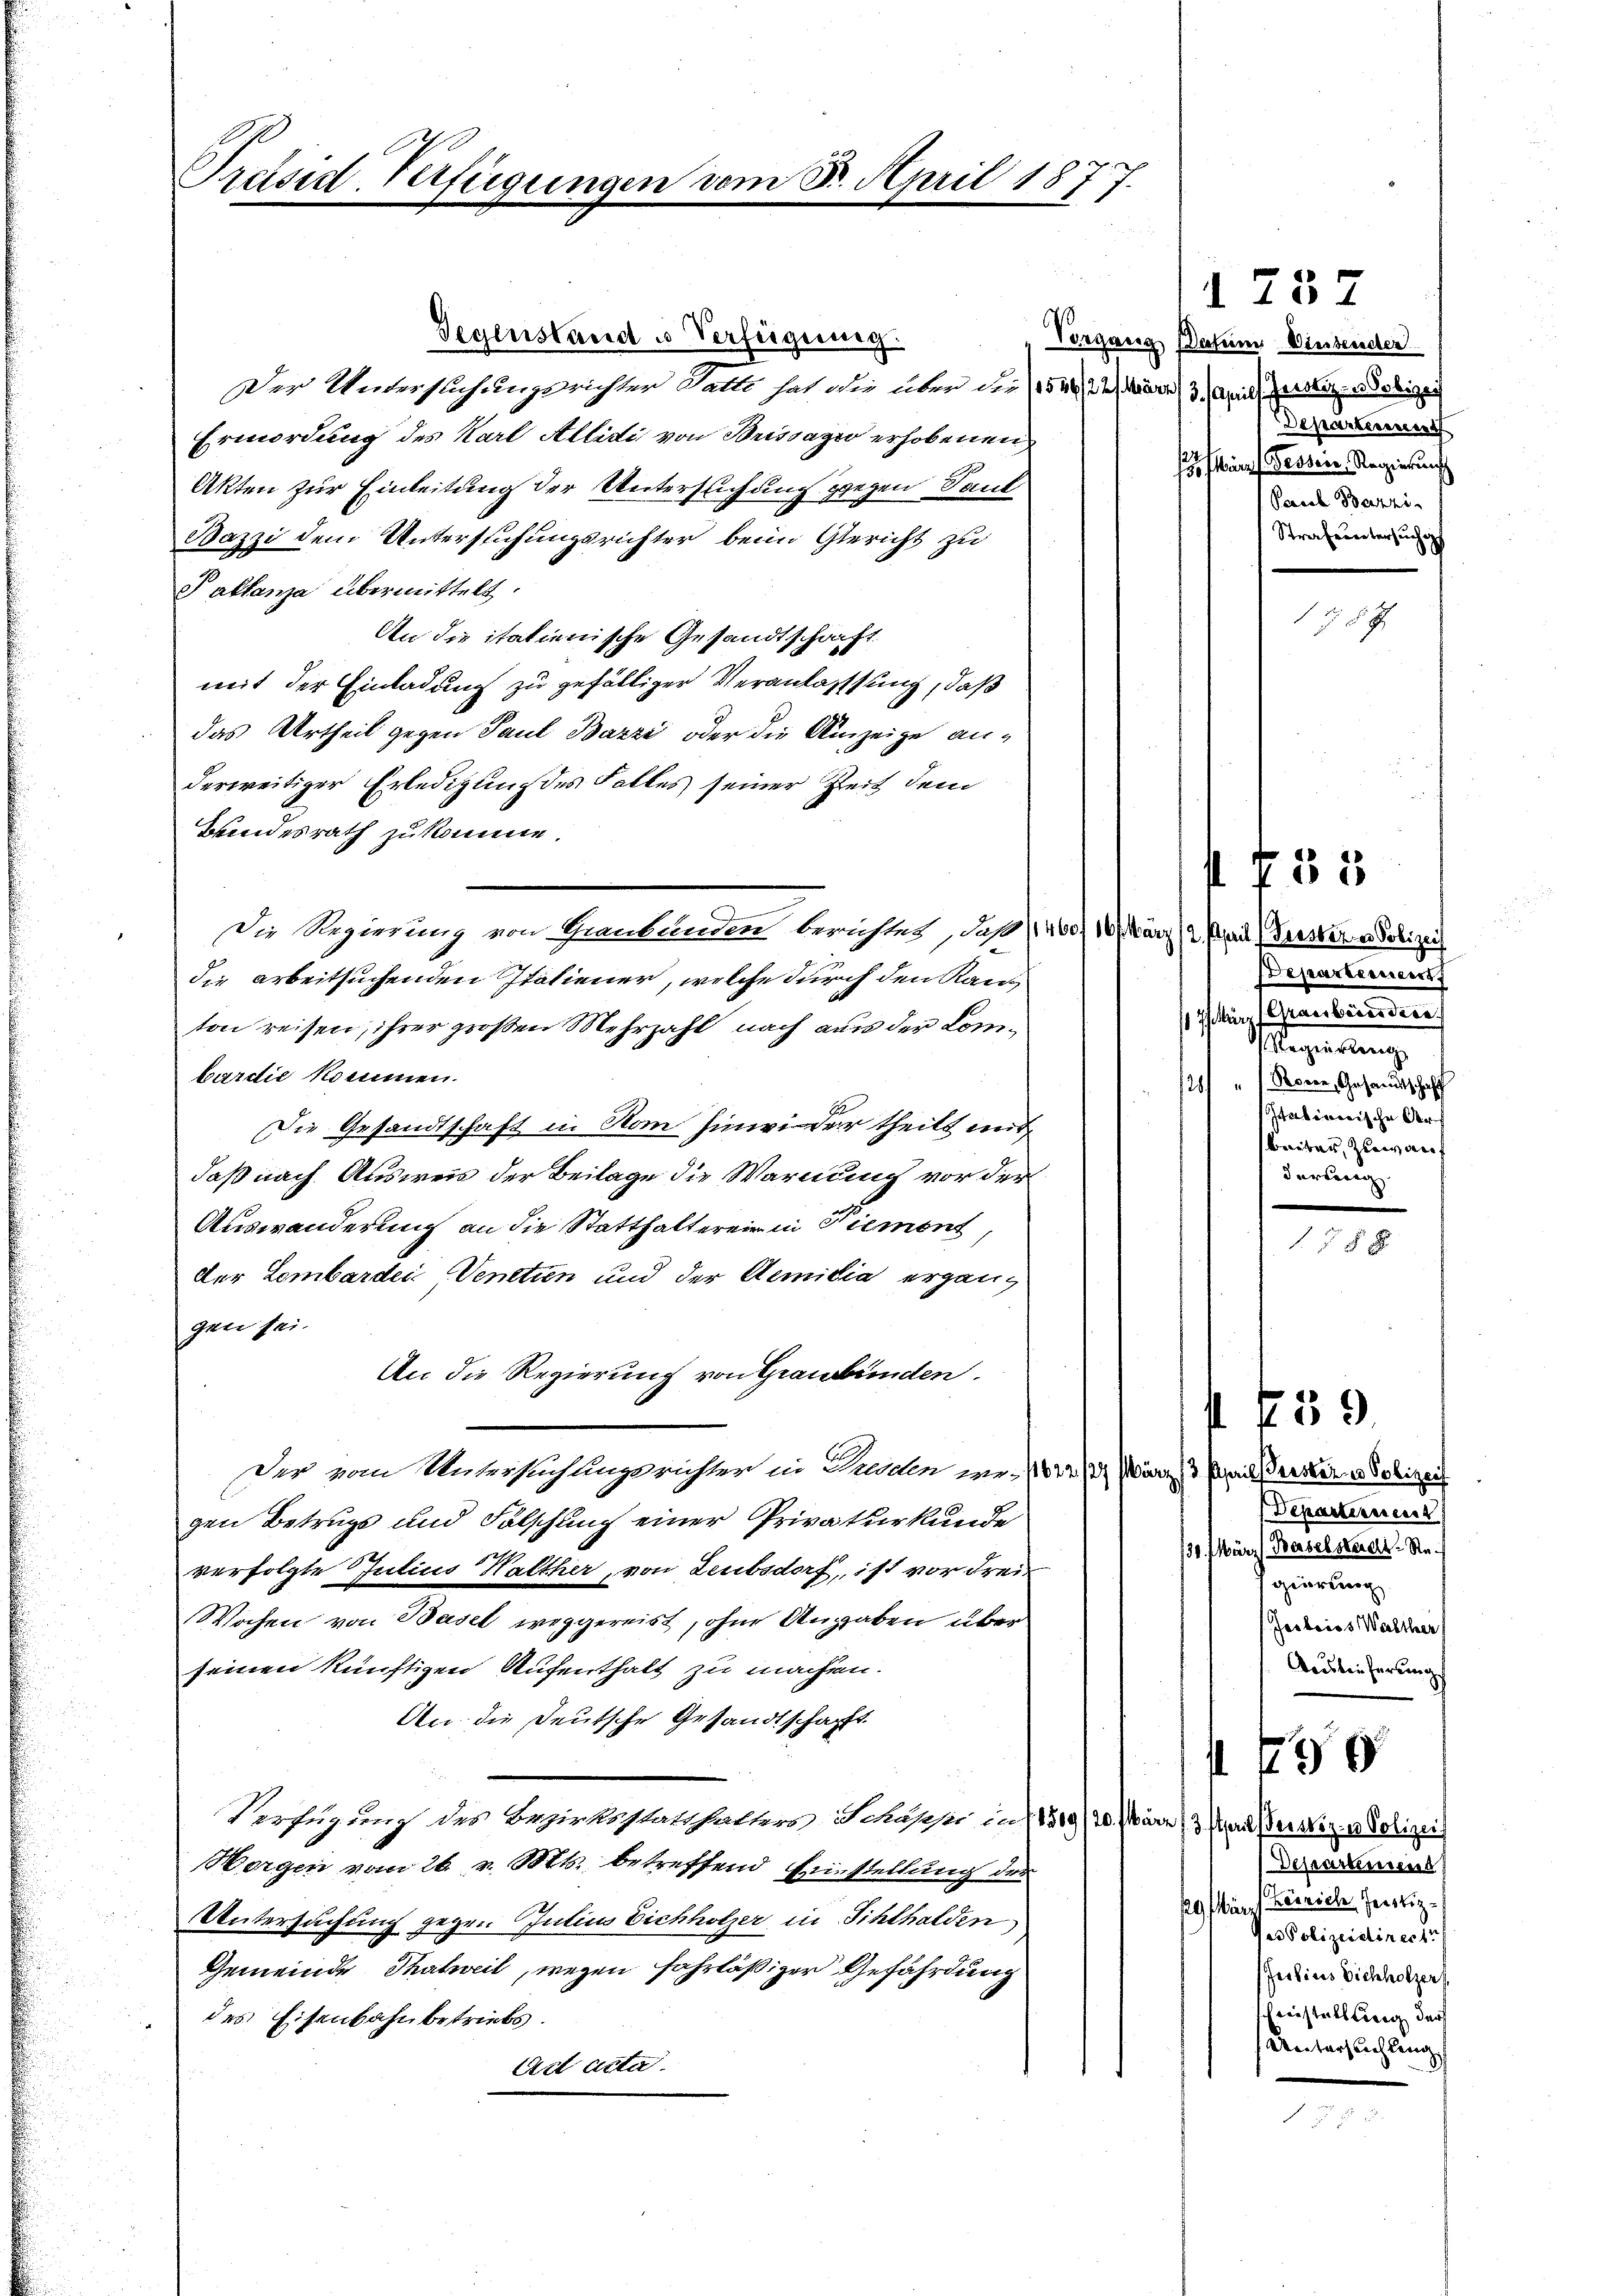
Präsid-Verfügungen vo

am 8. April 1877.

Gegenstand u Verfügung.
Der Unterstehungsrichter Gatte hat die über die (1520, 22. März 3. April, Zerstichiges
Ermordung des Karl Allidi von Brissazu erhobenen
Akten zur Einleitung der Untersuchung gegen Sank
Bazzi dem Untersuchungsrichter beim Gericht zu
Paktanza übermittelt.
An die italienische Gesandtschaft.
mit der Einladung zu gefälliger Veranlassung, daß
das Urtheil gegen Paul Bazzi oder die Anzeige an-
derweitiger Erledigung des Falles seiner Zeit dem
Beindesrath zu komme.
Die Regierung von Graubünden berichtet, daß 200. 19. März 2.
die arbeitsuchenden Italiener, welche durch den Kanton reisen, ihrer großen Mehrzahl nach aus der Combardić kommen.
Die Gesandtschaft in Rom hinwider theilt mit
daß nach Ausweis der Beilage die Warnung vor der
Auswanderung an die Statthalterein in Piemont,
der Lombardi  Venetien und der Aemibia ergangen sei.
An die Regierung von Graubünden.
Der vom Untersuchtungsrichter in Hunden wo- /012/4 März 3. April erster Polizeil
gen Betrugs und Fälschung einer Privaturkunde
verfolgte Julius Walther, von Leubsdorf, ist vor drei
Wochen von Basel weggereist, ohne Angaben über
seinen künftigen Aufenthalt zu machten.
An die Deutsche Gesandtschafft
Verfügung des Bezirksstatthalters Schuppe in 1519/20. März (3 Mara Bereiz, u. Polizei
Worgen vom 26. v. Mts. betreffend Einstellung der
UUntersuchung gegen Julius Eichholzer in Sihlhalden
Gemeinde Thalweil, wegen fahrläßiger Gefährdung
des Eisenbahnbetriebs
Art acta

Vorgang Datum Wintender
Departenunt
i Fessein Regierung
Perach Berzzi
Straferntersuche

1737

755

4 59

788

pril (Fresser u. Polizei
Departienent
März (Grassbares dara
Regierung
"Ronen, Gesandtschaft
Itationische Arbeiter, zuwarf
darbeig

78 x

Departiennert
/30. März l. Baselsterer Re
gierung
Jesleiss Walther
Auslieferungs

5

¬
Departirend
Verrich, Jerobez
9fr.
er Polizeidiner 1
Zeisins Vichholzer
schreistallling darf
Untersuchtung